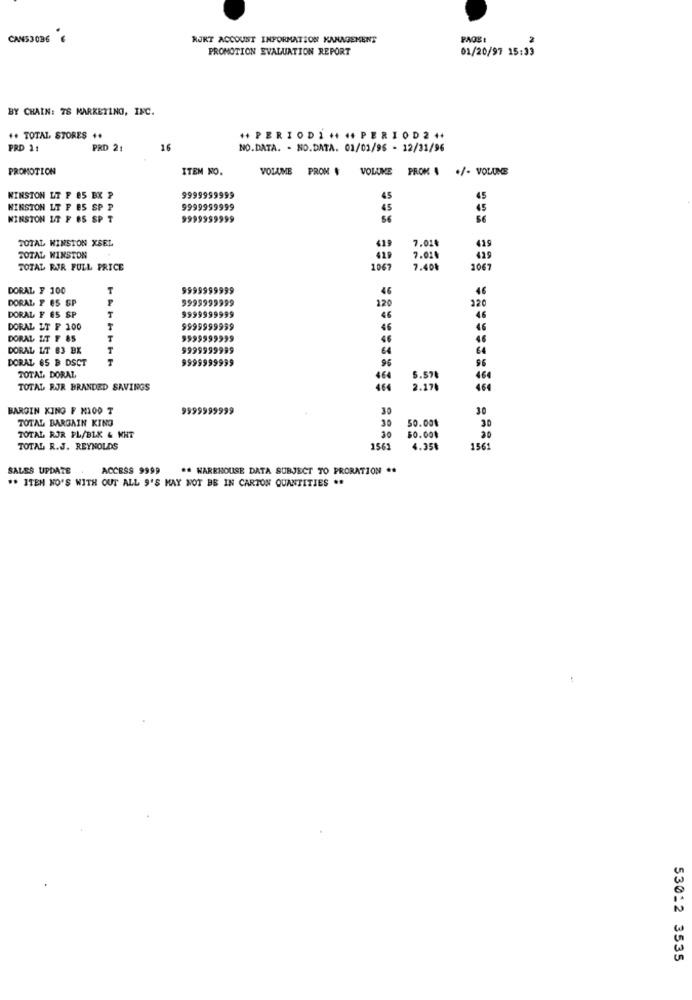
CANS3036 €
RJRT ACCOUNT INFORMATION MANAGEMENT
PAGE
PROMOTION EVALUATION REPORT
01/20/97 15:39
BY CHAIN: 78 MARKETING, IFC.
++ TOTAL STORES ++
++ PERIODI ++ 44 PERIOD2 ++
PRD 11
PRD 21
16
NO.DATA. - NO.DATA. 01/01/96 - 12/31/96
PROMOTION
ITEM NO.
VOLUME PROM # VOLUME PROM 4 +/- VOLUME
WINSTON LT F 85 EX P
9999999999
45
45
WINSTON LT F BS SP P
9999999999
45
45
WINSTON LT F BS SP T
9999999999
56
TOTAL KINSTON XSEL
7.020
419
429
TOTAL KINSTON
7.02.
TOTAL RJR FULL PRICE
1067
7.40%
1067
DORAL, 7 100
9999999999
46
46
DORAL, Y ES SP
9999999999
220
DORAL F 65 SP
120
9999999999
DORAL LT F 100
$999999999
46
46
DORAL LT F 85
9999999999
46
DORAL LT 83 BK
9999999999
64
64
DORAL 85 B DSCT
999
9999999999
96
96
TOTAL, DORAL
46€
5.57₺
464
TOTAL RJR BRANDED SAVINGS
464
2.170
464
BAROIN KING F MIOD T
9999999999
30
30
TOTAL BARGAIN KING
30
50.001
30
30
TOTAL RJR PL/BLK & NHT
$0.00₺
30
TOTAL R.J. REYNOLDS
1565
4.35₺
1561
SALES UPDATE
ACCESS 9999
** WAREHOUSE DATA SUBJECT TO PRORATION **
"* ITEM NO'S WITH OUT ALL 9'S MAY NOT BE IN CARTON QUANTITIES ..
53012 3535